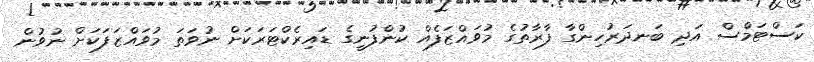
ކަސްޓަމްސް އަދި ބަނދަރުހިންގާ ފާރާތުގެ މުވައްޒަފެއް ކުންފުނީގެ ޑައިރެކްޓަރަކަށް ނުވަތަ މުވައްޒަފަކަށް ނުވުން